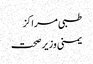
طبی مراکز
یمنی وزیر صحت